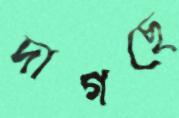
দাগছে